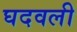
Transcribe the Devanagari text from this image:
घदवली